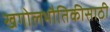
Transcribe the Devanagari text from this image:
खगोलभौतिकीसाठी